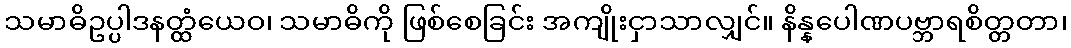
သမာဓိဥပ္ပါဒနတ္ထံယေဝ၊ သမာဓိကို ဖြစ်စေခြင်း အကျိုးငှာသာလျှင်။ နိန္နပေါဏပဗ္ဘာရစိတ္တတာ၊